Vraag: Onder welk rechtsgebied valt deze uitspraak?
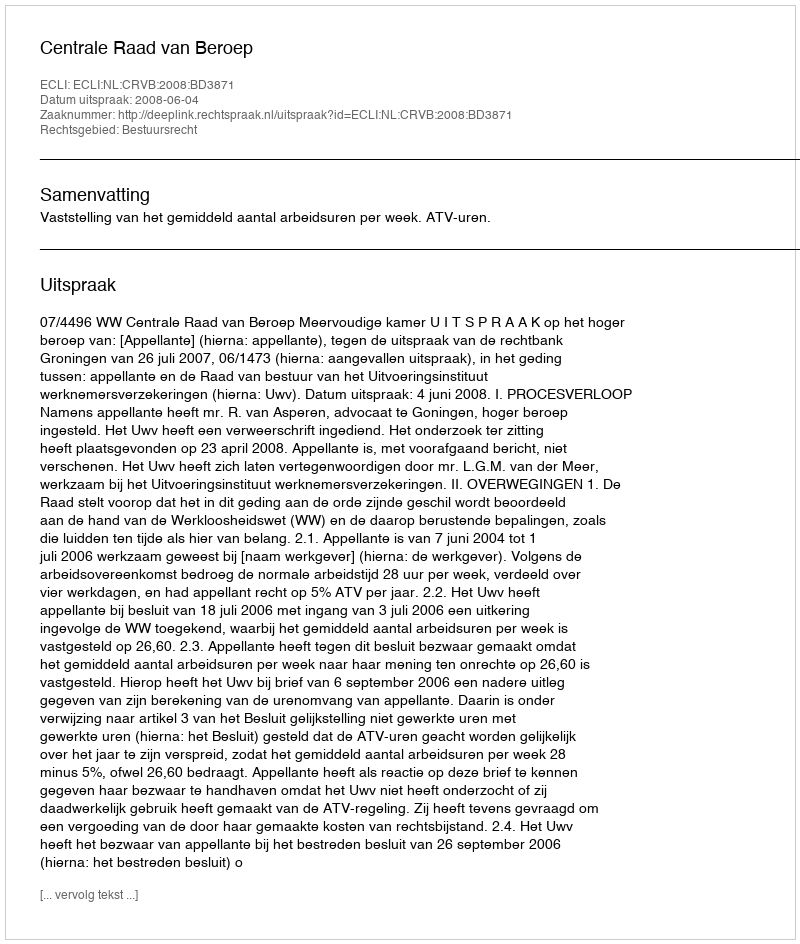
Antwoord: Bestuursrecht